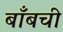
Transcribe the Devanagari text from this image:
बाँबची